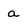
Character: a